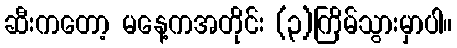
ဆီးကတော့ မနေ့ကအတိုင်း (၃)ကြိမ်သွားမှာပါ။